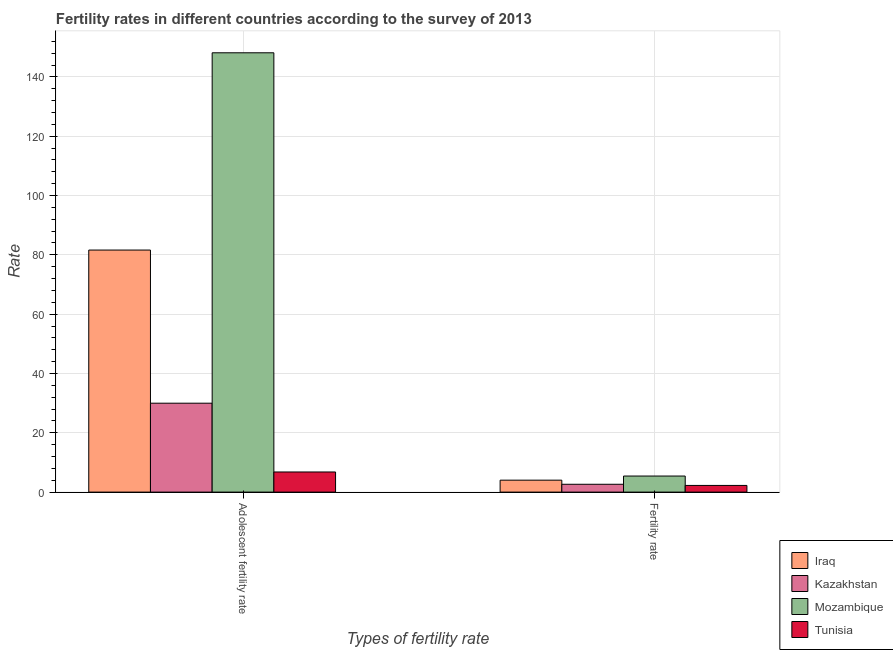
| Types of fertility rate | Iraq | Kazakhstan | Mozambique | Tunisia |
 | --- | --- | --- | --- | --- |
 | Adolescent fertility rate | 81.6 | 30 | 148 | 6.79 |
 | Fertility rate | 4.03 | 2.64 | 5.42 | 2.25 |